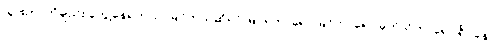
သွားတာကိုချည်း တွေ့နေရတယ်၊ မြင်တယ်ဆိုရင် မြင်ရတာရော မြင်တာရော မှတ်သိတာရော ရိပ်ခနဲ